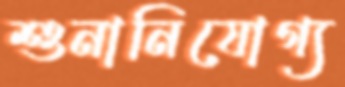
শুনানিযোগ্য